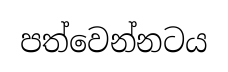
පත්වෙන්නටය